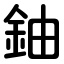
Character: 鈾